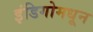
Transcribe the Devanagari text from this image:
इंडिगोमधून